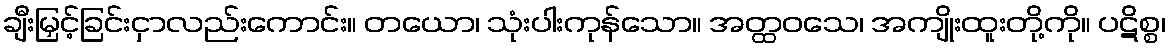
ချီးမြှင့်ခြင်းငှာလည်းကောင်း။ တယော၊ သုံးပါးကုန်သော။ အတ္ထဝသေ၊ အကျိုးထူးတို့ကို။ ပဋိစ္စ၊